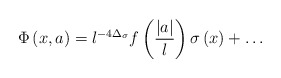
\begin{align*}\Phi\left( x,a \right)=l^{-4\Delta_{\sigma}}f\left( {|a| \over l}\right)\sigma\left( x \right)+\ldots\end{align*}